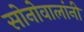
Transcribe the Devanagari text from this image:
सोनोवालांनी